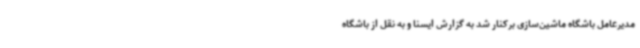
مدیرعامل باشگاه ماشین‌سازی برکنار شد به گزارش ایسنا و به نقل از باشگاه